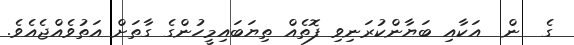
ގެ  ން  އަކާއި ބަޔާންކުރަނިވި ފޮތެއް ތިޔަބައިމީހުންގެ ގާތަށް އަތުވެއްޖެއެވެ.